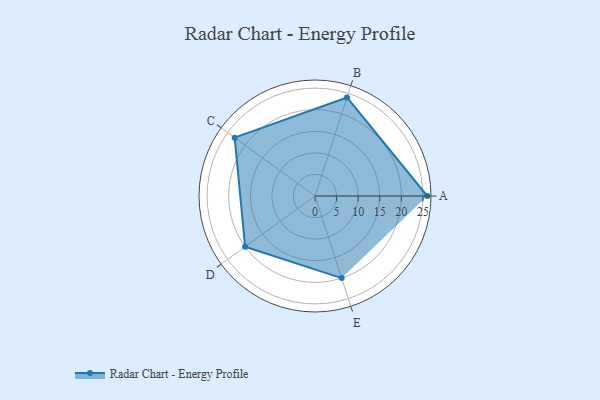
{"axis": {"x": "Skill", "y": "Score"}, "legend": ["Profile"], "data": [{"x": "A", "y": 26.0, "type": "Profile"}, {"x": "B", "y": 24.0, "type": "Profile"}, {"x": "C", "y": 23.0, "type": "Profile"}, {"x": "D", "y": 20, "type": "Profile"}, {"x": "E", "y": 20, "type": "Profile"}]}